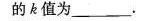
的k值为___.